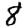
Digit: 8